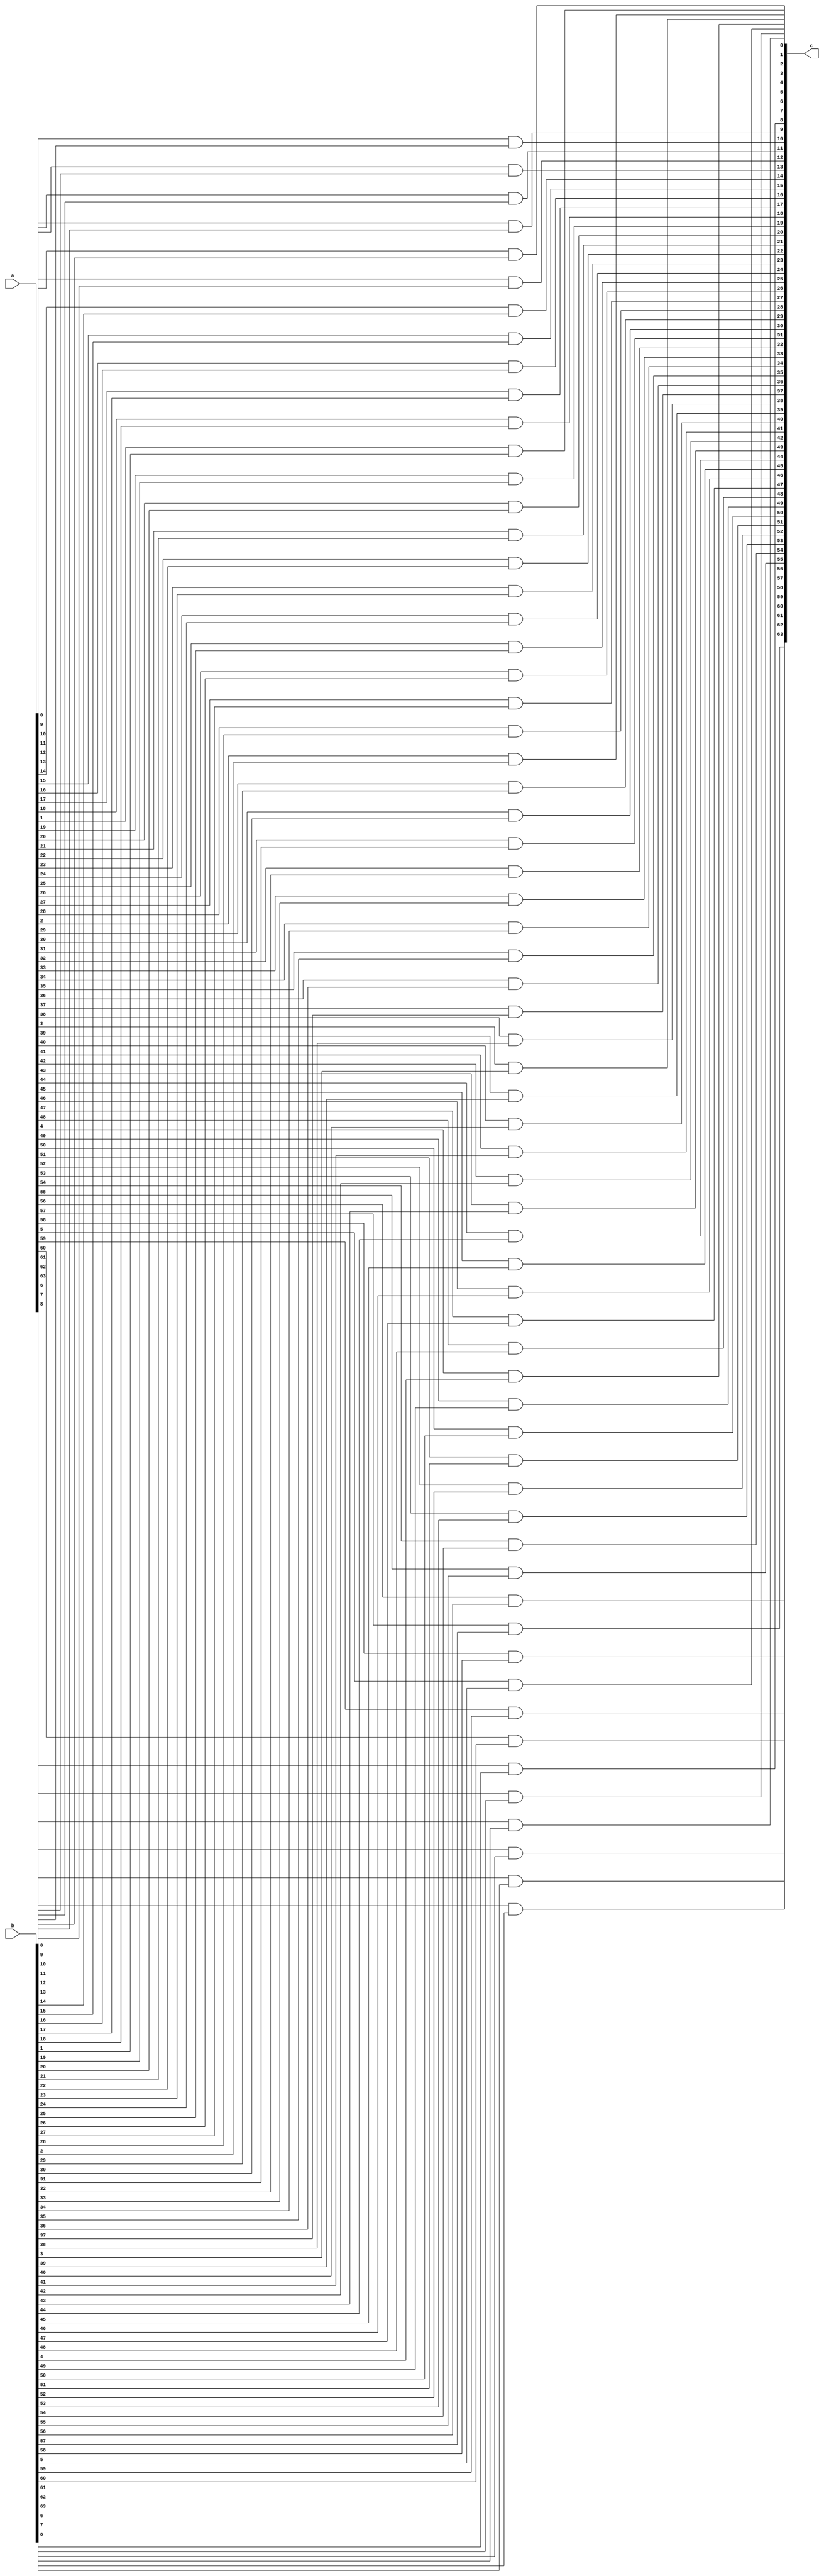
module and64bit(output signed [63:0]c, input signed [63:0]b, input signed [63:0]a);

// Making the for loop to iterate through every bit of the inputs and find their AND
genvar i;
generate for(i=0; i<64; i=i+1) 
begin
and xA(c[i], a[i], b[i]);
end
endgenerate

endmodule